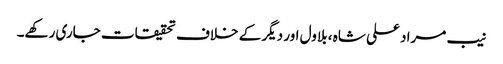
نیب مراد علی شاہ ، بلاول اور دیگر کے خلاف تحقیقات جاری رکھے۔